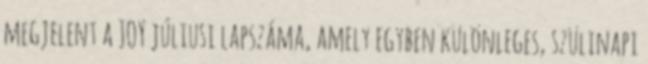
megjelent a JOY júliusi lapszáma, amely egyben különleges, szülinapi